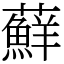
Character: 蘚